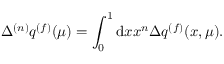
\Delta ^ { ( n ) } q ^ { ( f ) } ( \mu ) = \int _ { 0 } ^ { 1 } \mathrm { d } x x ^ { n } \Delta q ^ { ( f ) } ( x , \mu ) .